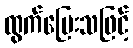
ထွက်ပြေးသဖြင့်